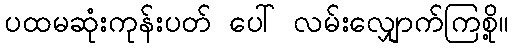
ပထမဆုံးကုန်းပတ် ပေါ် လမ်းလျှောက်ကြစို့။